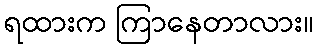
ရထားက ကြာနေတာလား။